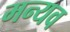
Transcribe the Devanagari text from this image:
मन्यव